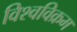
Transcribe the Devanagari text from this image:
विश्‍वविक्रम